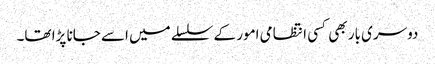
دوسری بار بھی کسی انتظامی امور کے سلسلے میں اسے جانا پڑا تھا۔